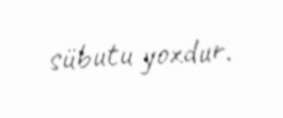
sübutu yoxdur.